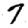
Digit: 7